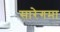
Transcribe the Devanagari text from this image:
सारेगमा